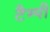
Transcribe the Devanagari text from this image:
टैम्पी